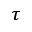
\tau